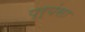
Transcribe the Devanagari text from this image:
प्र्यंसा